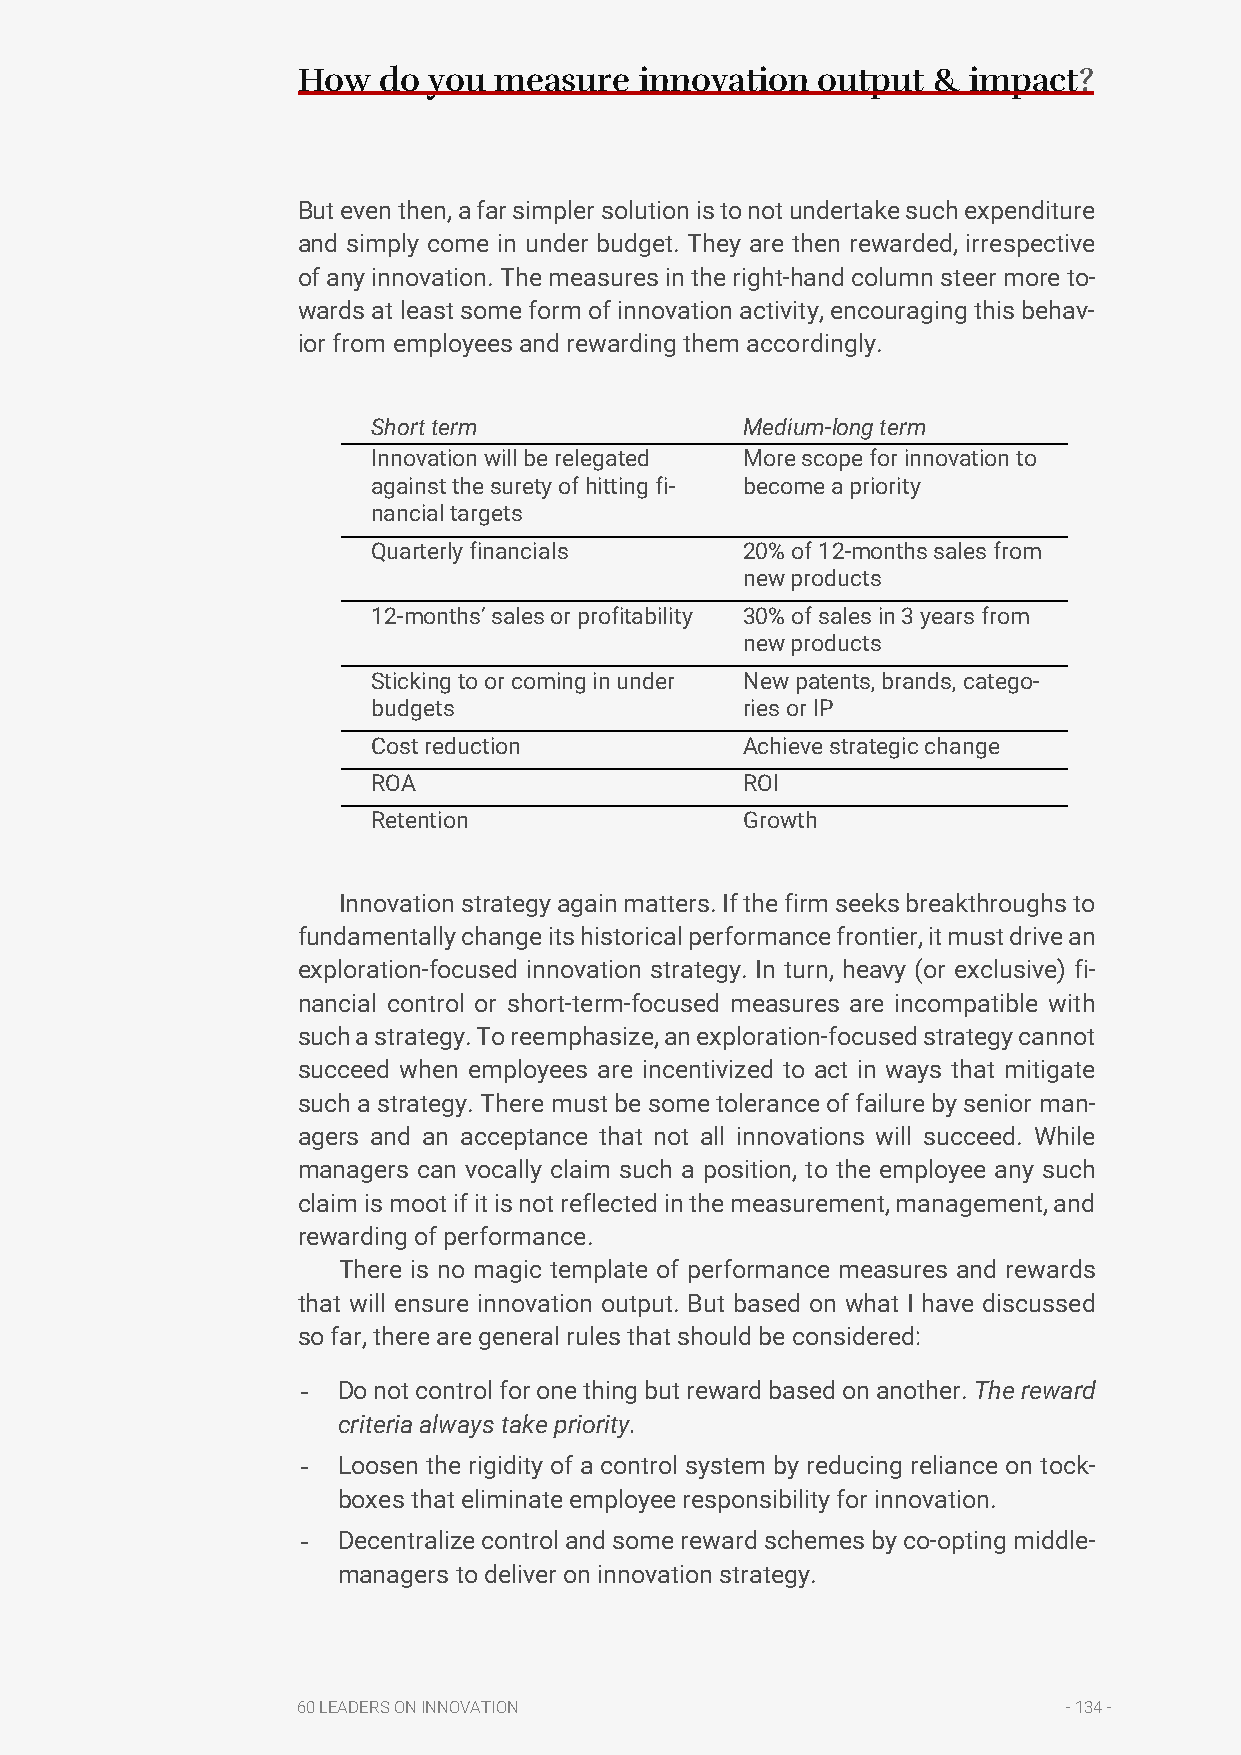
How  do you  measure  innovation  output  & impact?
 But even then, a far simpler solution is to not undertake such expenditure
 and simply come in under budget. They are then rewarded, irrespective
 of any innovation. The measures in the right-hand column steer more to-
 wards at least some form of innovation activity, encouraging this behav-
 ior from employees and rewarding them accordingly.
 Short term              Medium-long term
 Innovation will be relegated More scope for innovation to
 against the surety of hitting fi- become a priority
 nancial targets
 Quarterly financials    20% of 12-months sales from
 new products
 12-months’ sales or profitability 30% of sales in 3 years from
 new products
 Sticking to or coming in under New patents, brands, catego-
 budgets                 ries or IP
 Cost reduction          Achieve strategic change
 ROA                     ROI
 Retention               Growth
 Innovation strategy again matters. If the firm seeks breakthroughs to
 fundamentally change its historical performance frontier, it must drive an
 exploration-focused innovation strategy. In turn, heavy (or exclusive) fi-
 nancial control or short-term-focused measures are incompatible with
 such a strategy. To reemphasize, an exploration-focused strategy cannot
 succeed when employees are incentivized to act in ways that mitigate
 such a strategy. There must be some tolerance of failure by senior man-
 agers and an acceptance that not all innovations will succeed. While
 managers can vocally claim such a position, to the employee any such
 claim is moot if it is not reflected in the measurement, management, and
 rewarding of performance.
 There is no magic template of performance measures and rewards
 that will ensure innovation output. But based on what I have discussed
 so far, there are general rules that should be considered:
 - Do not control for one thing but reward based on another. The reward
 criteria always take priority.
 - Loosen the rigidity of a control system by reducing reliance on tock-
 boxes that eliminate employee responsibility for innovation.
 - Decentralize control and some reward schemes by co-opting middle-
 managers to deliver on innovation strategy.
 60 LEADERS ON INNOVATION                           - 134 -